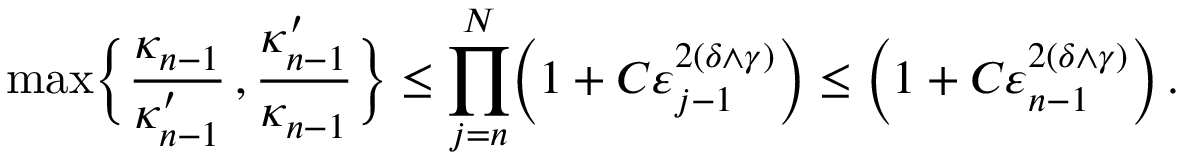
\operatorname* { m a x } \biggl \{ \frac { \kappa _ { n - 1 } } { \kappa _ { n - 1 } ^ { \prime } } \, , \frac { \kappa _ { n - 1 } ^ { \prime } } { \kappa _ { n - 1 } } \biggr \} \leq \prod _ { j = n } ^ { N } \Bigl ( 1 + C \varepsilon _ { j - 1 } ^ { 2 ( \delta \wedge \gamma ) } \Bigr ) \leq \Bigl ( 1 + C \varepsilon _ { n - 1 } ^ { 2 ( \delta \wedge \gamma ) } \Bigr ) \, .